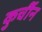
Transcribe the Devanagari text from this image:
कुर्चीन